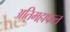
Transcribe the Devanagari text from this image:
अतिमहाफल